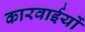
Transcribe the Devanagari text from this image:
कारवाईयों